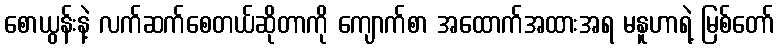
စောယွန်းနဲ့ လက်ဆက်စေတယ်ဆိုတာကို ကျောက်စာ အထောက်အထားအရ မနူဟာရဲ့ မြစ်တော်